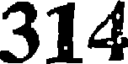
314